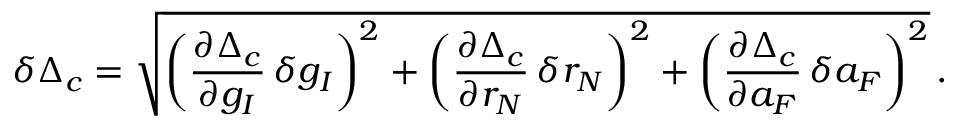
\delta \Delta _ { c } = \sqrt { \bigg ( \frac { \partial \Delta _ { c } } { \partial g _ { I } } \, \delta g _ { I } \bigg ) ^ { 2 } + \bigg ( \frac { \partial \Delta _ { c } } { \partial r _ { N } } \, \delta r _ { N } \bigg ) ^ { 2 } + \bigg ( \frac { \partial \Delta _ { c } } { \partial a _ { F } } \, \delta a _ { F } \bigg ) ^ { 2 } } \, .